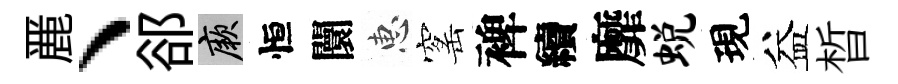
䴡、郤厥恒闤惠窰裨續靡蜕現益晳